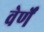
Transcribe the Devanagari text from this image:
वेर्णें